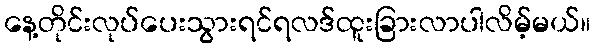
နေ့တိုင်းလုပ်ပေးသွားရင်ရလဒ်ထူးခြားလာပါလိမ့်မယ်။